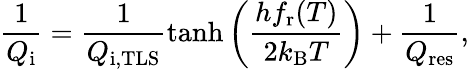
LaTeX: \frac{1}{Q_{\mathrm{i}}}=\frac{1}{Q_{\mathrm{i,TLS}}}\operatorname{tanh}\left(\frac{hf_{\mathrm{r}}(T)}{2k_{\mathrm{B}}T}\right)+\frac{1}{Q_{\mathrm{res}}},